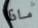
ماذا